Indian journal of veterinary science and animal husbandry - Volume 4,
Year: 1934
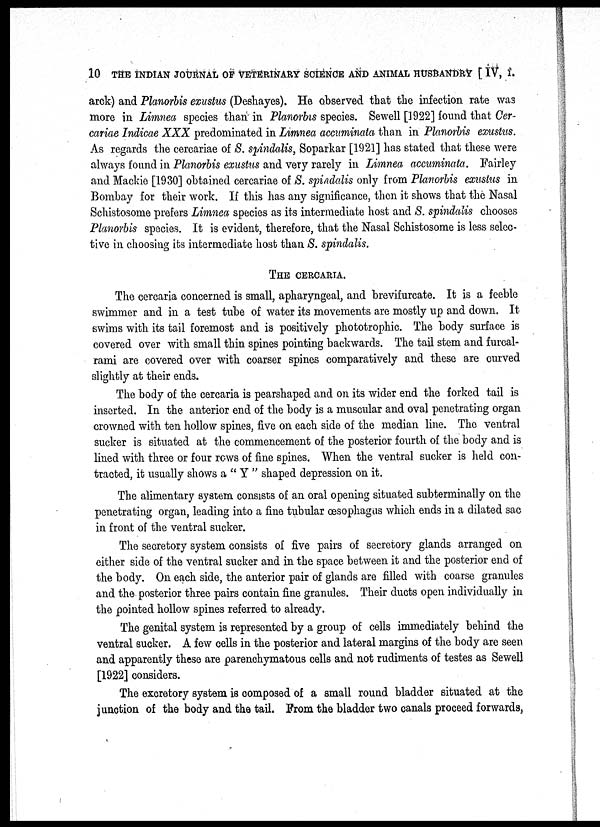
10 THE INDIAN JOURNAL OF VETERINARY SCIENCE AND ANIMAL HUSBANDRY [ IV, I.
arck) and Planorbis exustus (Deshayes). He observed that the infection rate was
more in Limnea species than in Planorbis species. Sewell [1922] found that Cer-
cariae Indicae XXX predominated in Limnea accuminata than in Planorbis exustus.
As regards the cercariae of S. spindalis, Soparkar [1921] has stated that these were
always found in Planorbis exustus and very rarely in Limnea accuminata. Fairley
and Mackie [1930] obtained cercariae of S. spindalis only from Planorbis exustus in
Bombay for their work. If this has any significance, then it shows that the Nasal
Schistosome prefers Limnea species as its intermediate host and S. spindalis chooses
Planorbis species. It is evident, therefore, that the Nasal Schistosome is less selec-
tive in choosing its intermediate host than S. spindalis.
THE CERCARIA.
The cercaria concerned is small, apharyngeal, and brevifurcate. It is a feeble
swimmer and in a test tube of water its movements are mostly up and down. It
swims with its tail foremost and is positively phototrophic. The body surface is
covered over with small thin spines pointing backwards. The tail stem and furcal¬
rami are covered over with coarser spines comparatively and these are curved
slightly at their ends.
The body of the cercaria is pearshaped and on its wider end the forked tail is
inserted. In the anterior end of the body is a muscular and oval penetrating organ
crowned with ten hollow spines, five on each side of the median line. The ventral
sucker is situated at the commencement of the posterior fourth of the body and is
lined with three or four rows of fine spines. When the ventral sucker is held con-
tracted, it usually shows a " Y " shaped depression on it.
The alimentary system consists of an oral opening situated subterminally on the
penetrating organ, leading into a fine tubular œsophagus which ends in a dilated sac
in front of the ventral sucker.
The secretory system consists of five pairs of secretory glands arranged on
either side of the ventral sucker and in the space between it and the posterior end of
the body. On each side, the anterior pair of glands are filled with coarse granules
and the posterior three pairs contain fine granules. Their ducts open individually in
the pointed hollow spines referred to already.
The genital system is represented by a group of cells immediately behind the
ventral sucker. A few cells in the posterior and lateral margins of the body are seen
and apparently these are parenchymatous cells and not rudiments of testes as Sewell
[1922] considers.
The excretory system is composed of a small round bladder situated at the
junction of the body and the tail. From the bladder two canals proceed forwards,